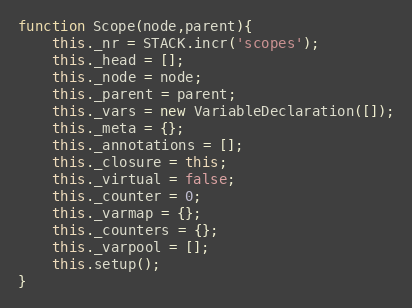
Language: JavaScript
function Scope(node,parent){
	this._nr = STACK.incr('scopes');
	this._head = [];
	this._node = node;
	this._parent = parent;
	this._vars = new VariableDeclaration([]);
	this._meta = {};
	this._annotations = [];
	this._closure = this;
	this._virtual = false;
	this._counter = 0;
	this._varmap = {};
	this._counters = {};
	this._varpool = [];
	this.setup();
}